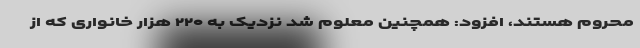
محروم هستند، افزود: همچنین معلوم شد نزدیک به ۲۲۰ هزار خانواری که از